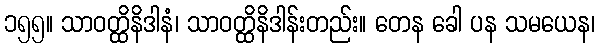
၁၅၅။ သာဝတ္ထိနိဒါနံ၊ သာဝတ္ထိနိဒါန်းတည်း။ တေန ခေါ ပန သမယေန၊